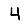
Digit: 4